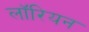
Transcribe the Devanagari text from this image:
लॉरियन